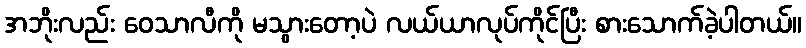
အဘိုးလည်း ဝေသာလီကို မသွားတော့ပဲ လယ်ယာလုပ်ကိုင်ပြီး စားသောက်ခဲ့ပါတယ်။